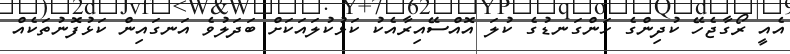
އެއީ ރޯގާޖެހޭ ކުދިންގެ ހަންގަނޑުގެ ކުލަ އޮއްސޭއިރާއެކު ކަޅުކުލައަކަށް ބަދަލުވެ އަނގައިން ކަޅުފޮނުތަކެއް